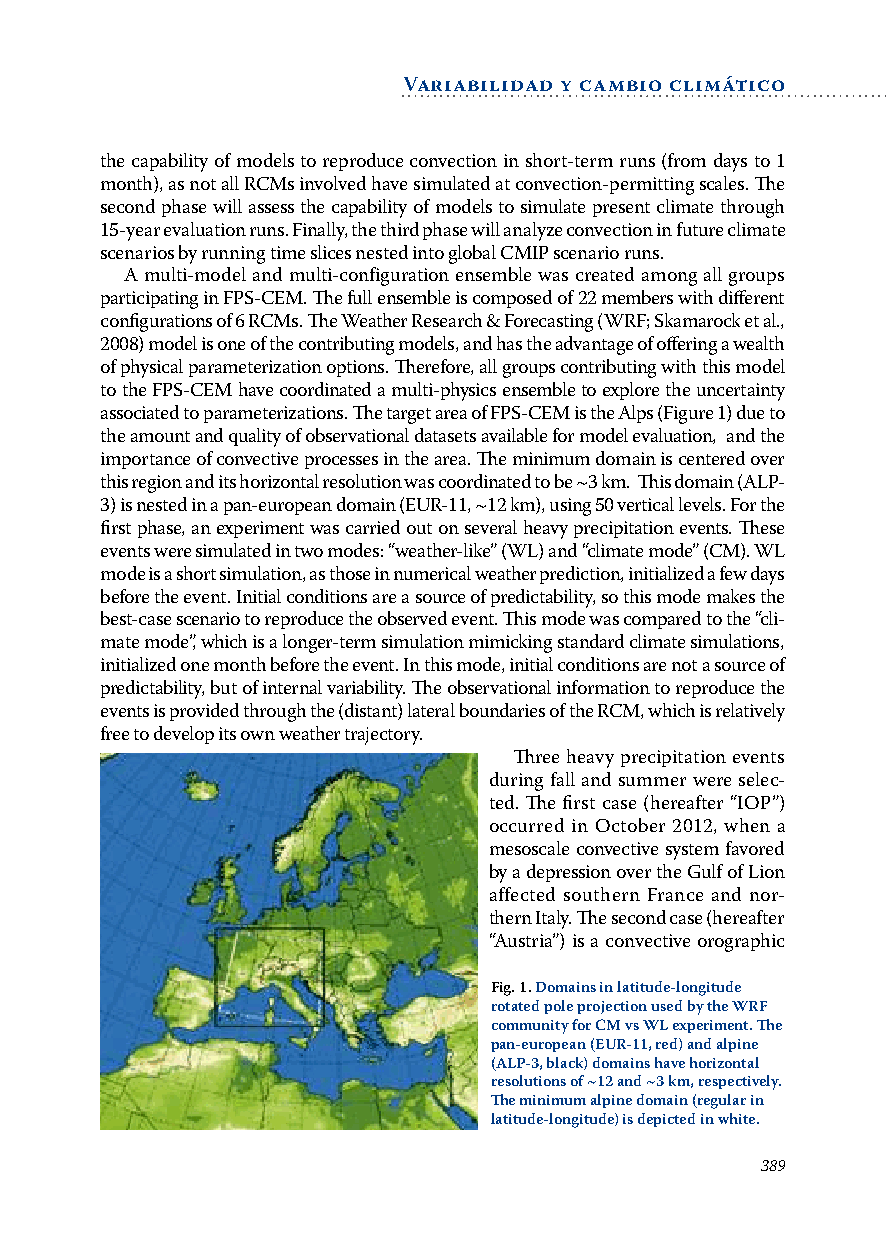
variabilidad y cambio climático
 the capability of models to reproduce convection in short-term runs (from days to 1
 month), as not all RCMs involved have simulated at convection-permitting scales. The
 second phase will assess the capability of models to simulate present climate through
 15-year evaluation runs. Finally, the third phase will analyze convection in future climate
 scenarios by running time slices nested into global CMIP scenario runs.
 A multi-model and multi-configuration ensemble was created among all groups
 participating in FPS-CEM. The full ensemble is composed of 22 members with different
 configurations of 6 RCMs. The Weather Research & Forecasting (WRF; Skamarock et al.,
 2008) model is one of the contributing models, and has the advantage of offering a wealth
 of physical parameterization options. Therefore, all groups contributing with this model
 to the FPS-CEM have coordinated a multi-physics ensemble to explore the uncertainty
 associated to parameterizations. The target area of FPS-CEM is the Alps (Figure 1) due to
 the amount and quality of observational datasets available for model evaluation, and the
 importance of convective processes in the area. The minimum domain is centered over
 this region and its horizontal resolution was coordinated to be ~3 km. This domain (ALP-
 3) is nested in a pan-european domain (EUR-11, ~12 km), using 50 vertical levels. For the
 first phase, an experiment was carried out on several heavy precipitation events. These
 events were simulated in two modes: “weather-like” (WL) and “climate mode” (CM). WL
 mode is a short simulation, as those in numerical weather prediction, initialized a few days
 before the event. Initial conditions are a source of predictability, so this mode makes the
 best-case scenario to reproduce the observed event. This mode was compared to the “cli-
 mate mode”, which is a longer-term simulation mimicking standard climate simulations,
 initialized one month before the event. In this mode, initial conditions are not a source of
 predictability, but of internal variability. The observational information to reproduce the
 events is provided through the (distant) lateral boundaries of the RCM, which is relatively
 free to develop its own weather trajectory.
 Three heavy precipitation events
 during fall and summer were selec-
 ted. The first case (hereafter “IOP”)
 occurred in October 2012, when a
 mesoscale convective system favored
 by a depression over the Gulf of Lion
 affected southern France and nor-
 thern Italy. The second case (hereafter
 “Austria”) is a convective orographic
 fig. 1. domains in latitude-longitude
 rotated pole projection used by the wrf
 community for CM vs wl experiment. The
 pan-european (Eur-11, red) and alpine
 (AlP-3, black) domains have horizontal
 resolutions of ~12 and ~3 km, respectively.
 The minimum alpine domain (regular in
 latitude-longitude) is depicted in white.
 389